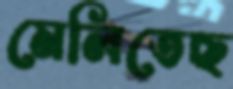
মেলিতেছ